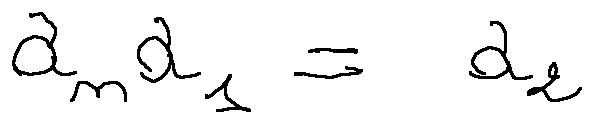
a _ { n } a _ { 1 } = a _ { 2 }